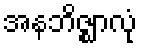
အနဘိဇ္ဈာလုံ